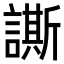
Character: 𧬜